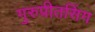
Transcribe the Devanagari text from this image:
गुरुप्रीतसिंग